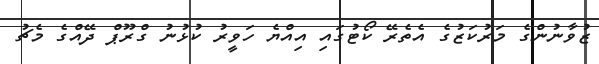
ޒުވާނުންގެ މަރުކަޒުގެ އެތެރޭ ކޯޓުގައި އިއްޔެ ހަވީރު ކުޅުނު ގްރޫޕް ދޭއްގެ މެޗު